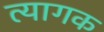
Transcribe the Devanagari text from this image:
त्यागक